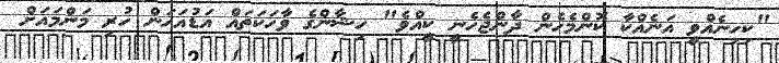
"ކިހިނެއްވީ އަނެއްކާ ކޮންމެހެން ދާންޖެހެނީ ކީއްވެ" ހިޝާންގެ ވާހަކަތައް އަޑުއަހަން ހުރި މަންމައަށް